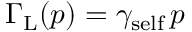
{ \Gamma _ { \mathrm { L } } } ( p ) = \gamma _ { \mathrm { s e l f } } \, p